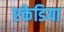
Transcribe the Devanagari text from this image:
एकेडिया